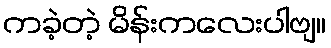
ကခဲ့တဲ့ မိန်းကလေးပါဗျ။